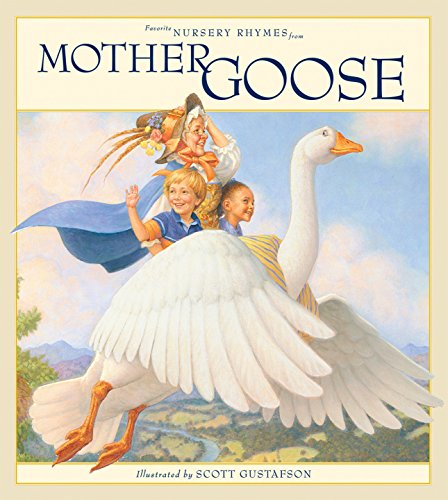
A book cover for Favorite Nursery Rhymes from Mother Goose; Scott Gustafson; Children's Books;